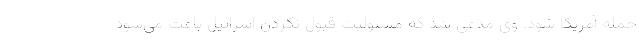
حمله آمریکا شود. وی مدعی شد که مسئولیت قبول نکردن اسرائیل باعث می‌شود